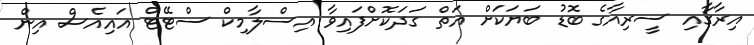
އިރާގާއި ސީރިއާގެ ބޮޑު ބަޔަކަށް އަތް ގަދަކޮށްފައިވާ އިސްލާމިކް ސްޓޭޓް އައިއެސް އިން